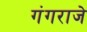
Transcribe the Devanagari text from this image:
गंगराजे